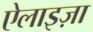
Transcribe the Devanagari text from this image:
ऐलाइज़ा